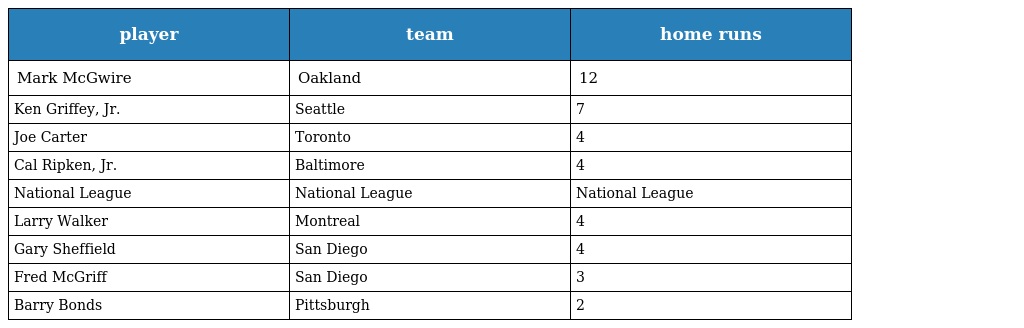
| player | team | home runs |
 | --- | --- | --- |
 | Mark McGwire | Oakland | 12 |
 | Ken Griffey, Jr. | Seattle | 7 |
 | Joe Carter | Toronto | 4 |
 | Cal Ripken, Jr. | Baltimore | 4 |
 | National League | National League | National League |
 | Larry Walker | Montreal | 4 |
 | Gary Sheffield | San Diego | 4 |
 | Fred McGriff | San Diego | 3 |
 | Barry Bonds | Pittsburgh | 2 |